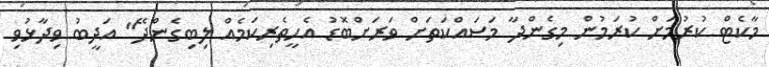
މާކެޓް ކުރުމަށް ކުރަމުން މިގެންދާ މަސައްކަތަށް ވަރަށްބޮޑު އެހީތެރިކަމެއް ލިބިގެންދޭ" އަދީބު ވިދާޅުވި